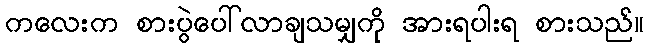
ကလေးက စားပွဲပေါ်လာချသမျှကို အားရပါးရ စားသည်။